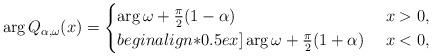
LaTeX: \begin{align*}\arg Q_{\alpha,\omega}(x)=\begin{cases}\arg\omega+\frac\pi2(1-\alpha) &\ x>0,\\begin{align*}0.5ex]\arg\omega+\frac\pi2(1+\alpha) &\ x<0,\end{cases}\end{align*}